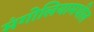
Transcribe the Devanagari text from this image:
मंगोलियामधील